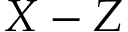
X - Z